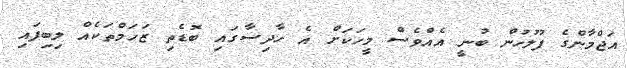
އަޖްމާންގެ ފުލުހުން ބުނީ އެއްވެސް މީހަކަށް އެ ހާދިސާގައި ބޮޑެތި ޒަހަމްތަކެއް ލިބިފައި